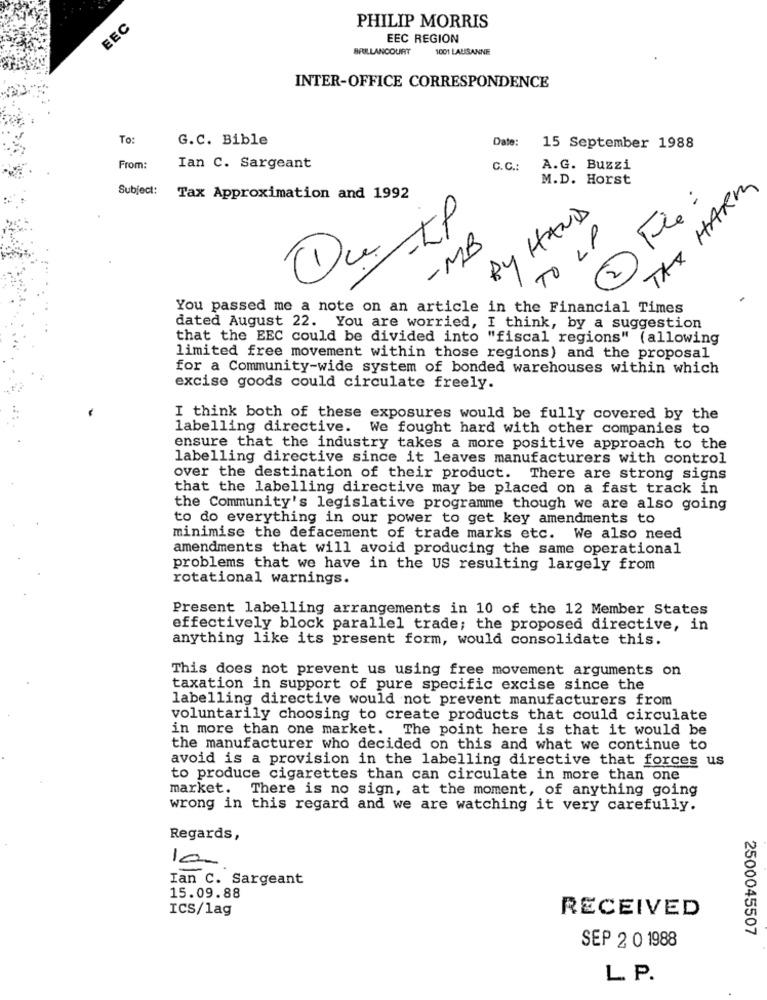
EEC
PHILIP MORRIS
EEC REGION
BRILLANCOURT
1001 LAUSANNE
INTER-OFFICE CORRESPONDENCE
To:
G.C. Bible
Date:
15 September 1988
From:
Ian C. Sargeant
C.C .:
A.G. Buzzi
M.D. Horst
TAX HARM
Subject:
Tax Approximation and 1992
BY HAND
TO LP
-MB
/
: 23
You passed me a note on an article in the Financial Times
dated August 22. You are worried, I think, by a suggestion
that the EEC could be divided into "fiscal regions" (allowing
limited free movement within those regions) and the proposal
for a Community-wide system of bonded warehouses within which
excise goods could circulate freely.
I think both of these exposures would be fully covered by the
labelling directive. We fought hard with other companies to
ensure that the industry takes a more positive approach to the
labelling directive since it leaves manufacturers with control
over the destination of their product. There are strong signs
that the labelling directive may be placed on a fast track in
the Community's legislative programme though we are also going
to do everything in our power to get key amendments to
minimise the defacement of trade marks etc. We also need
amendments that will avoid producing the same operational
problems that we have in the US resulting largely from
rotational warnings.
Present labelling arrangements in 10 of the 12 Member States
effectively block parallel trade; the proposed directive, in
anything like its present form, would consolidate this.
This does not prevent us using free movement arguments on
taxation in support of pure specific excise since the
labelling directive would not prevent manufacturers from
voluntarily choosing to create products that could circulate
in more than one market. The point here is that it would be
the manufacturer who decided on this and what we continue to
avoid is a provision in the labelling directive that forces us
to produce cigarettes than can circulate in more than one
market. There is no sign, at the moment, of anything going
wrong in this regard and we are watching it very carefully.
Regards,
1 0
Ian C. Sargeant
15.09.88
ICS/lag
RECEIVED
2500045507
SEP 2 0 1988
L. P.